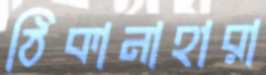
ঠিকানাহারা